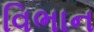
વિભાન